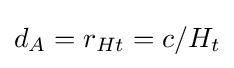
d_{A}=r_{Ht}=c/H_{t}